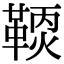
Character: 𩋹